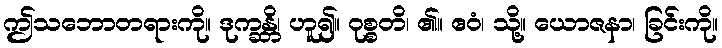
ဤသဘောတရားကို။ ဒုက္ခန္တိ၊ ဟူ၍။ ဝုစ္စတိ၊ ၏။ ဧဝံ၊ သို့။ ယောဇနာ၊ ခြင်းကို။